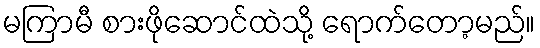
မကြာမီ စားဖိုဆောင်ထဲသို့ ရောက်တော့မည်။